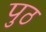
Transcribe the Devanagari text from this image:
पुठ